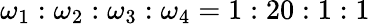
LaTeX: \omega_{1}:\omega_{2}:\omega_{3}:\omega_{4}=1:20:1:1